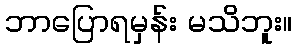
ဘာပြောရမှန်း မသိဘူး။